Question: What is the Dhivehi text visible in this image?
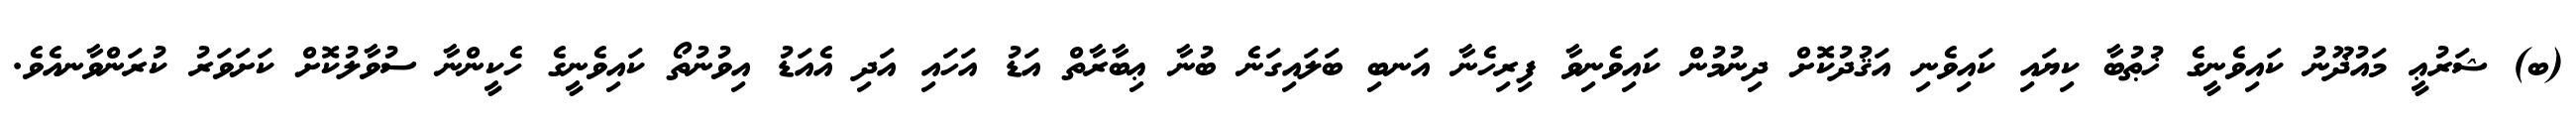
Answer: (ބ) ޝަރުޢީ މައުޛޫނު ކައިވެނީގެ ޚުޠުބާ ކިޔައި ކައިވެނި އަޤުދުކޮށް ދިނުމުން ކައިވެނިވާ ފިރިހެނާ އަނބި ބަލައިގަނެ ބުނާ ޢިބާރާތް އަޑު އަހައި އަދި އެއަޑު އިވުނުތޯ ކައިވެނީގެ ހެކީންނާ ސުވާލުކޮށް ކަށަވަރު ކުރަންވާނއެވެ.